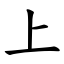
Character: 上